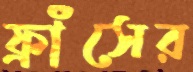
ফ্রাঁসের